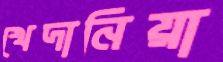
খেদানিয়া